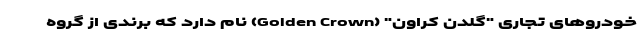
خودروهای تجاری "گلدن کراون" (Golden Crown) نام دارد که برندی از گروه